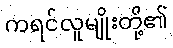
ကရင်လူမျိုးတို့၏